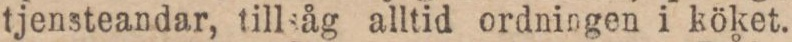
tjensteandar, tillsåg alltid ordningen i köket.